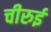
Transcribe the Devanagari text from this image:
चीरुई